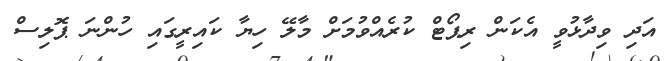
އަދި ވިދާޅުވީ އެކަން ރިޕޯޓް ކުރެއްވުމަށް މާލޭ ހިޔާ ކައިރީގައި ހުންނަ ޕޮލިސް